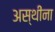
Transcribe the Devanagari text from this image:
अस्थींना